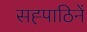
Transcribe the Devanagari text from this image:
सह्पाठिनें